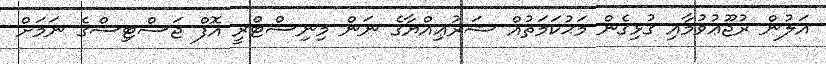
އަލުން ރުޖޫޢުވުމާއި ގުޅިގެން މަޙުކަމަތުއް ޝަރުޢިއްޔާގެ ނަން މިނިސްޓްރީ އޮފް ޖަސްޓިސްގެ ނަމަށް